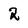
Character: 2